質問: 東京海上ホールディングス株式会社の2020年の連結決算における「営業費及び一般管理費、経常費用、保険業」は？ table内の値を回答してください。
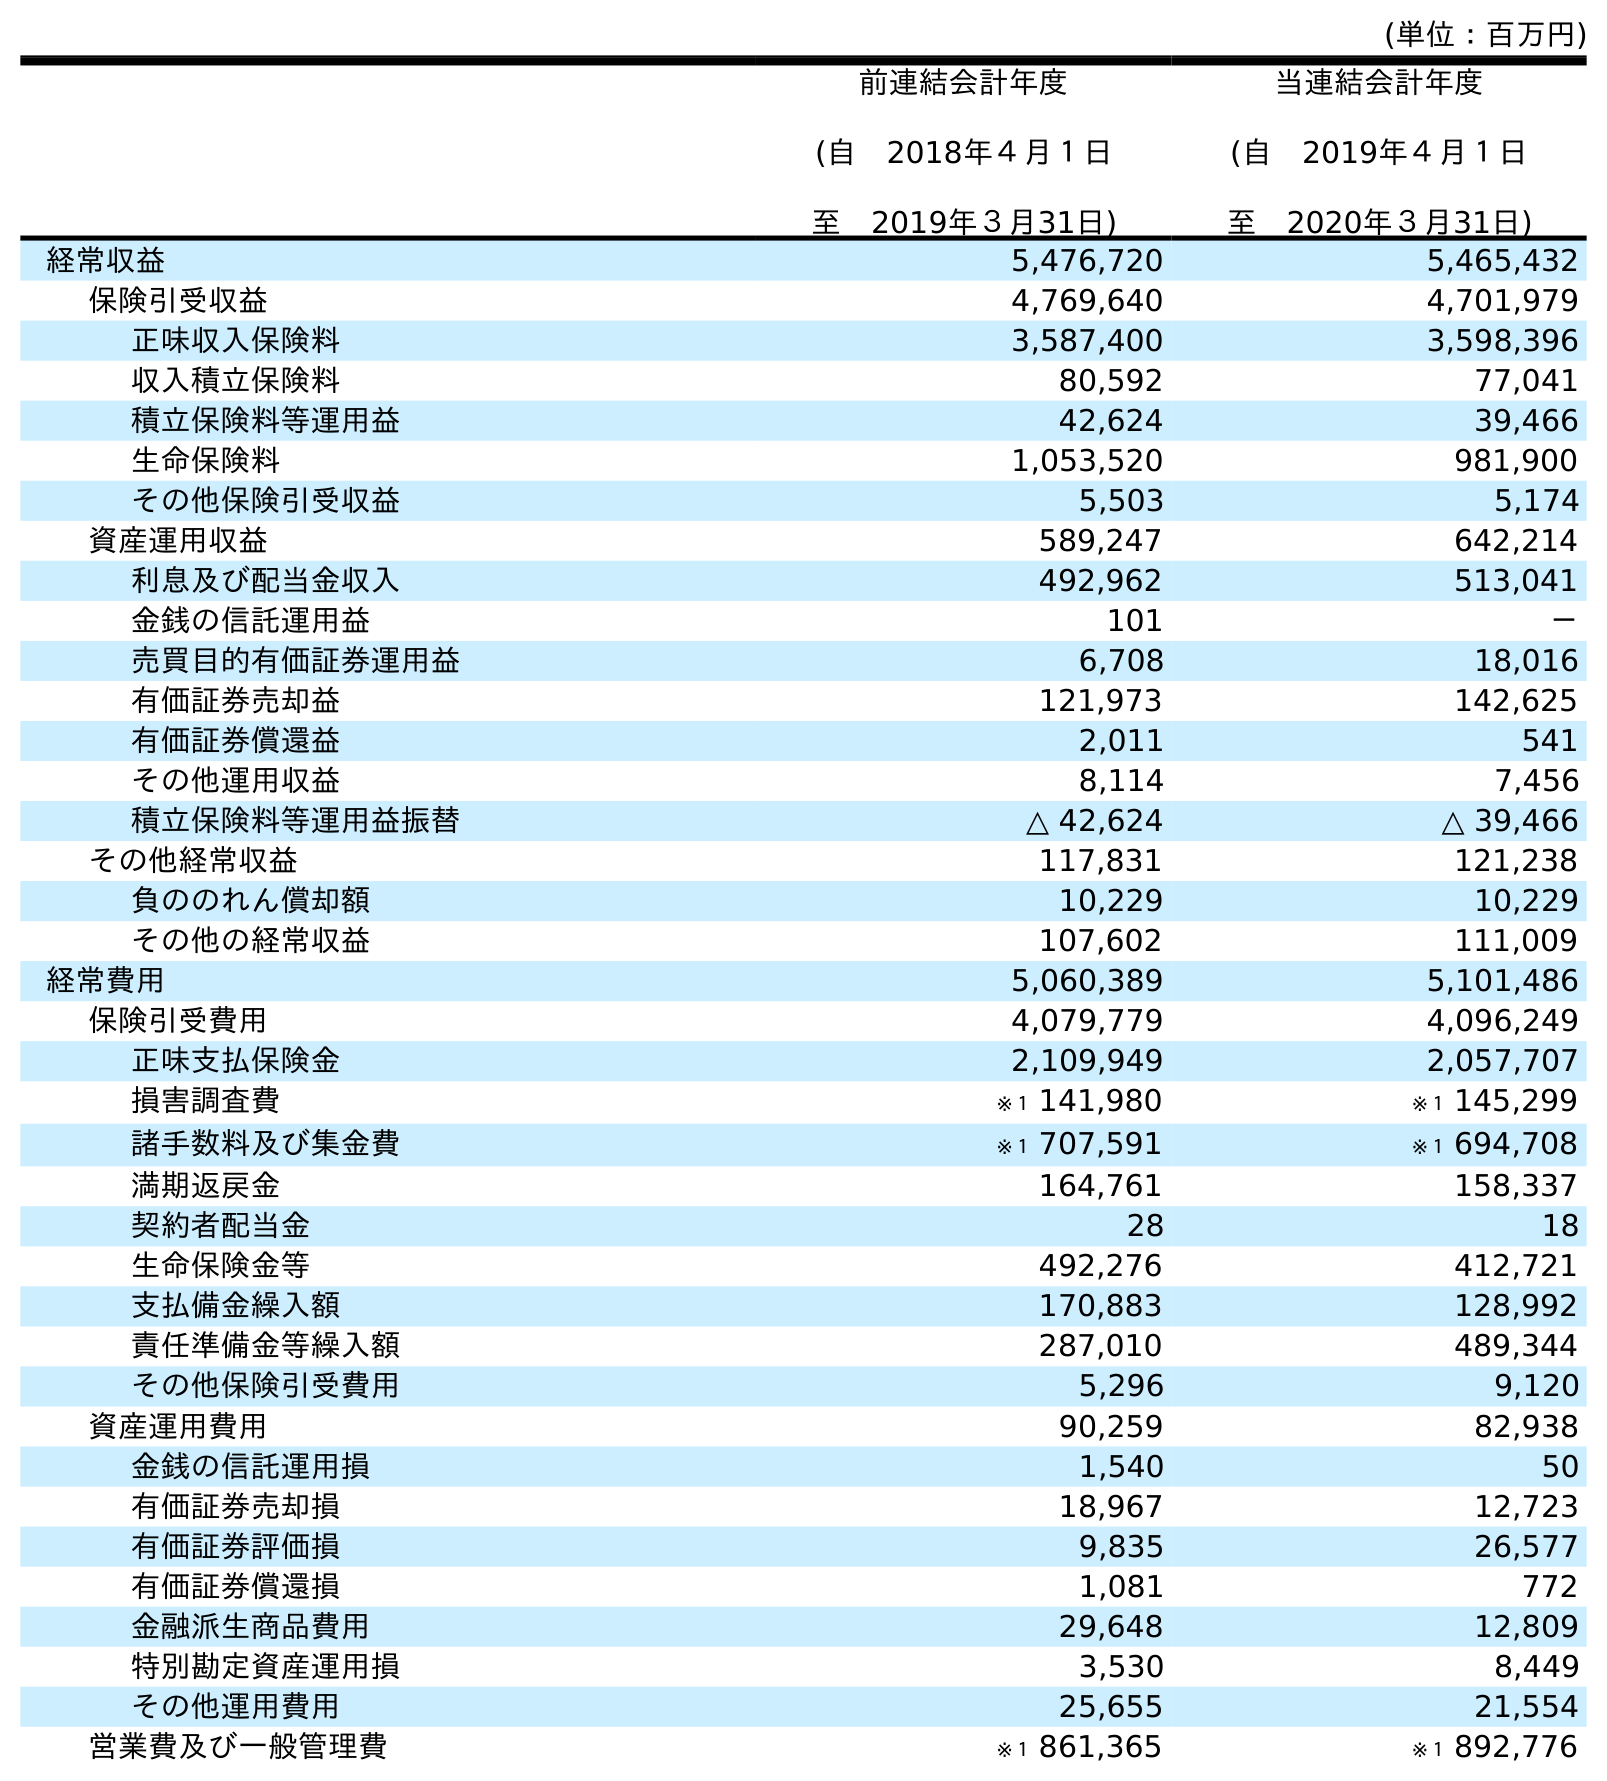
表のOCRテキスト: (単位：百万円) 前連結会計年度 (自 2018年４月１日 至 2019年３月31日) 当連結会計年度 (自 2019年４月１日 至 2020年３月31日) 経常収益 5,476,720 5,465,432 保険引受収益 4,769,640 4,701,979 正味収入保険料 3,587,400 3,598,396 収入積立保険料 80,592 77,041 積立保険料等運用益 42,624 39,466 生命保険料 1,053,520 981,900 その他保険引受収益 5,503 5,174 資産運用収益 589,247 642,214 利息及び配当金収入 492,962 513,041 金銭の信託運用益 101 － 売買目的有価証券運用益 6,708 18,016 有価証券売却益 121,973 142,625 有価証券償還益 2,011 541 その他運用収益 8,114 7,456 積立保険料等運用益振替 △ 42,624 △ 39,466 その他経常収益 117,831 121,238 負ののれん償却額 10,229 10,229 その他の経常収益 107,602 111,009 経常費用 5,060,389 5,101,486 保険引受費用 4,079,779 4,096,249 正味支払保険金 2,109,949 2,057,707 損害調査費 ※１ 141,980 ※１ 145,299 諸手数料及び集金費 ※１ 707,591 ※１ 694,708 満期返戻金 164,761 158,337 契約者配当金 28 18 生命保険金等 492,276 412,721 支払備金繰入額 170,883 128,992 責任準備金等繰入額 287,010 489,344 その他保険引受費用 5,296 9,120 資産運用費用 90,259 82,938 金銭の信託運用損 1,540 50 有価証券売却損 18,967 12,723 有価証券評価損 9,835 26,577 有価証券償還損 1,081 772 金融派生商品費用 29,648 12,809 特別勘定資産運用損 3,530 8,449 その他運用費用 25,655 21,554 営業費及び一般管理費 ※１ 861,365 ※１ 892,776
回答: ※１892,776